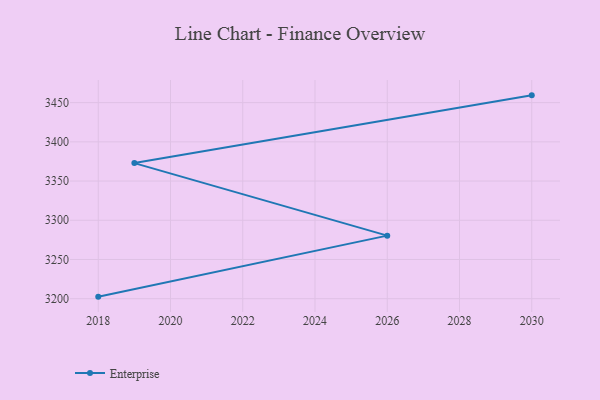
{"axis": {"x": "Year", "y": "Energy Usage (MWh)"}, "legend": ["Enterprise"], "data": [{"x": "2018", "y": 3202.6, "type": "Enterprise"}, {"x": "2026", "y": 3280.4, "type": "Enterprise"}, {"x": "2019", "y": 3372.9, "type": "Enterprise"}, {"x": "2030", "y": 3459.3, "type": "Enterprise"}]}